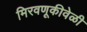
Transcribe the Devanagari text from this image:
मिरवणूकीवेळी